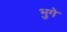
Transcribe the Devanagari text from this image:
भुगे